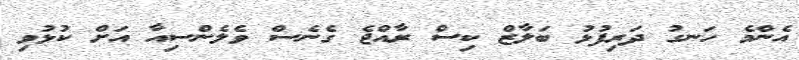
އެންމެ ހަނގު ދަރިފުޅު ބަލާޒް ކިސް ރާއްޖެ ގެނެސް ވެލެންސިއާ އަށް ކުޅުވި